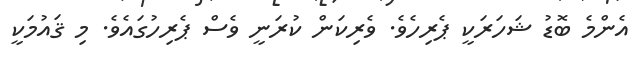
އެންމެ ބޮޑު ޝަހަރަކީ ޕެރިހެވެ. ވެރިކަން ކުރަނީ ވެސް ޕެރިހުގައެވެ. މި ޤައުމަކީ